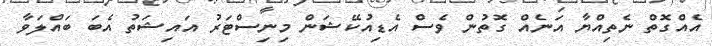
އެއްގޮތް ނެތިއްޔާ އަނެއް ގޮތުން ވެސް އެޑިއުކޭޝަން މިނިސްޓަރު އައިޝަތު އެބަ ބައްލަވާ